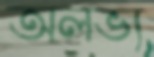
অলভ্য